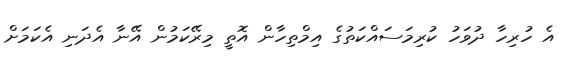
އެ ހުރިހާ ދުވަހު ކުރިމަސައްކަތުގެ އިމްތިހާން އޮތީ މިރޭކަމުން އޭނާ އެދަނި އެކަމަށް